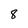
Character: 8